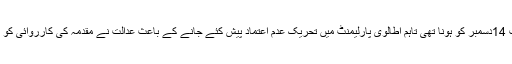
مقدمہ کی سماعت 14دسمبر کو ہونا تھی تاہم اطالوی پارلیمنٹ میں تحریک عدم اعتماد پیش کئے جانے کے باعث عدالت نے مقدمہ کی کارروائی کو ملتوی کر دیا تھا۔